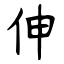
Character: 伸